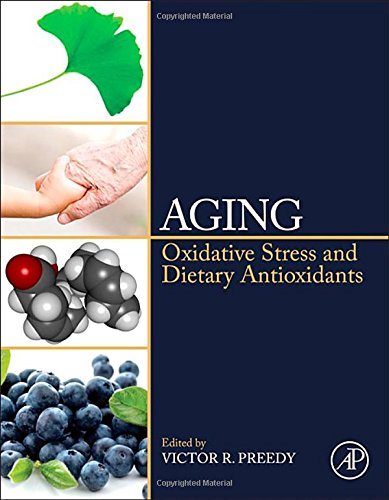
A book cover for Aging: Oxidative Stress and Dietary Antioxidants; Health, Fitness & Dieting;